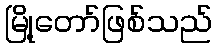
မြို့တော်ဖြစ်သည်